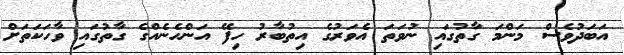
އަބަދުވެސް މަންމަ ގާތުގައި ނުވަތަ އެވަރުގެ އިތުބާރު ހިފޭ އަންހެނެއްގެ ގާތުގައި ވާހަކަތަށް